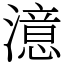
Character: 澺